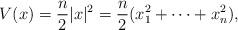
LaTeX: \begin{align*} V(x)=\frac{n}{2}\vert x\vert^2 = \frac n2 ( x_1^2 + \dotsb + x_n^2 ) ,\end{align*}